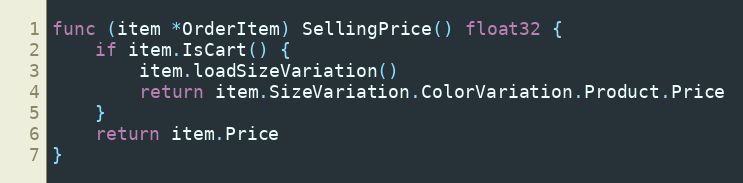
Language: Go
func (item *OrderItem) SellingPrice() float32 {
	if item.IsCart() {
		item.loadSizeVariation()
		return item.SizeVariation.ColorVariation.Product.Price
	}
	return item.Price
}